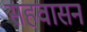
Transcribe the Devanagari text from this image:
सहवासन